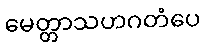
မေတ္တာသဟဂတံပေ